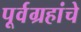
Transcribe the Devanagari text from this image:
पूर्वग्रहांचे